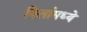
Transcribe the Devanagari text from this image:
पिलांमध्ये